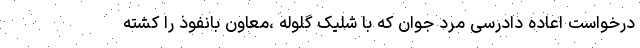
درخواست اعاده دادرسی مرد جوان که با شلیک گلوله ،معاون بانفوذ را کشته